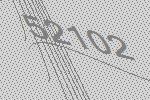
52102